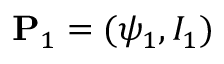
\mathbf { P } _ { 1 } = ( \psi _ { 1 } , I _ { 1 } )